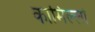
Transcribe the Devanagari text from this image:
कामिल्लो